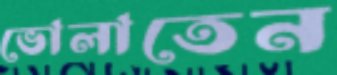
ভোলাতেন